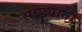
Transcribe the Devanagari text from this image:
साड्यानी